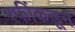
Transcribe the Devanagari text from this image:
रफींकडून